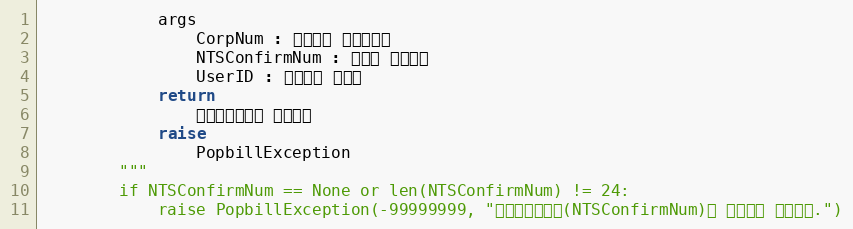
Language: Python
            args
                CorpNum : 팝빌회원 사업자번호
                NTSConfirmNum : 국세청 승인번호
                UserID : 팝빌회원 아이디
            return
                전자세금계산서 정보객체
            raise
                PopbillException
        """
        if NTSConfirmNum == None or len(NTSConfirmNum) != 24:
            raise PopbillException(-99999999, "국세청승인번호(NTSConfirmNum)가 올바르지 않습니다.")